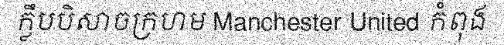
ក្លឹបបិសាចក្រហម Manchester United កំពុង